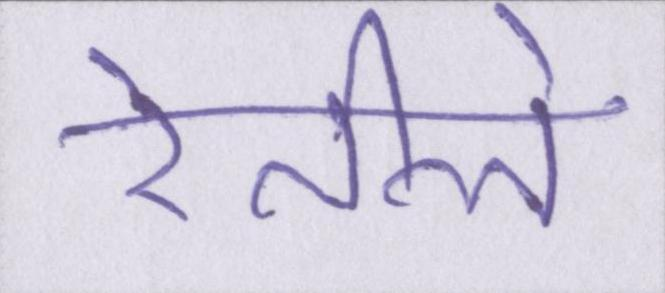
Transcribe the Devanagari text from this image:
रेतीले